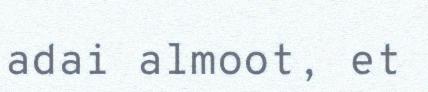
adai almoot, et